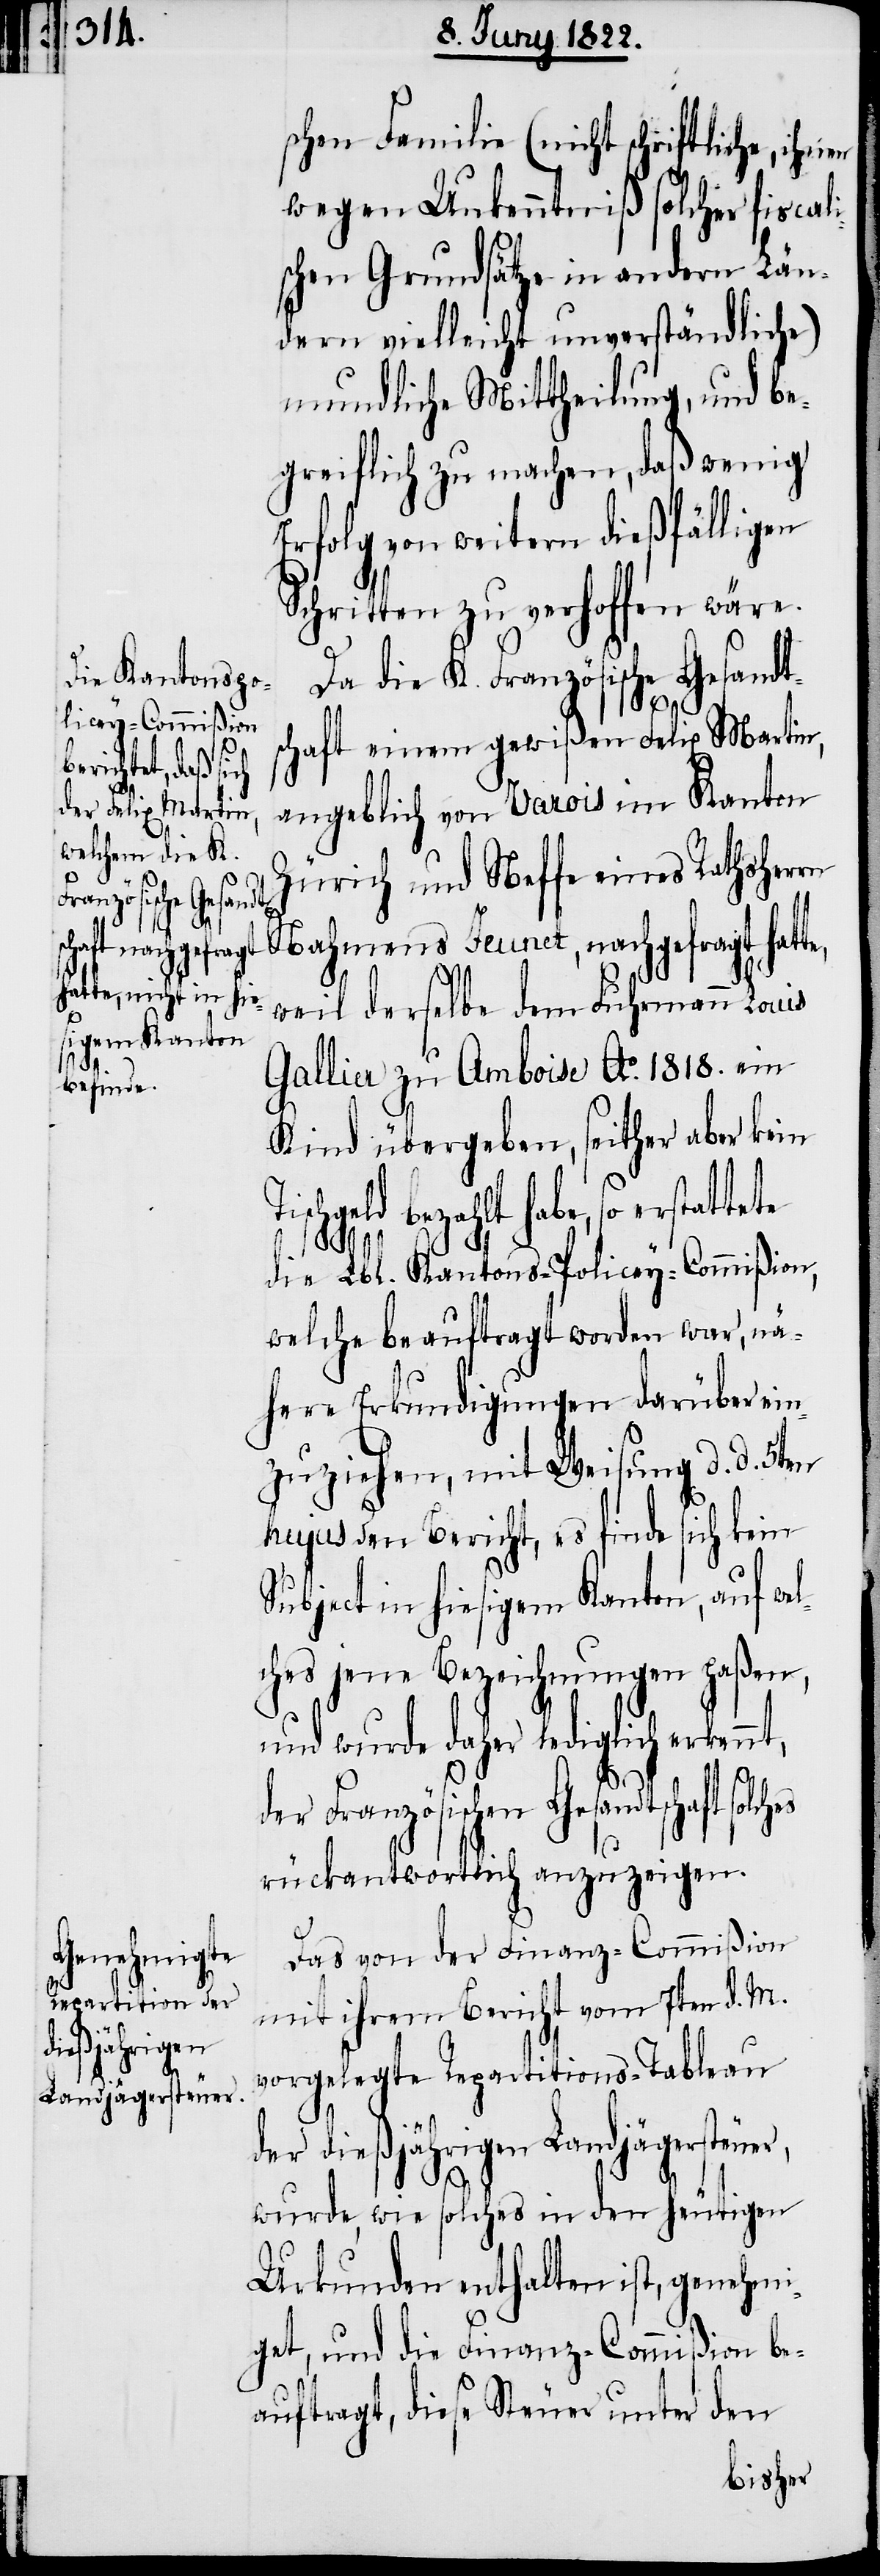
nt, d¬
l¬

schen Familie (nicht schriftliche,
wegen Unkenntniß solcher fiscali¬
schen Grundsätze in andern Län¬
dern vielleicht unverständliche)
mundliche Mittheilung, und be¬
greiflich zu machen, daß wenig
Erfolg zu weitern dießfälligen
Schritten zu verhoffen wäre.
Da die K. Französiche Gesandts¬
r,
chaft einem gewißen Felix Martin,
angeblich von Varois im Kanton
Zürich und Neffe eines Rathsherrn
Nahmens Jeunet, nachgefragt hatt¬
weil derselbe dem Fuhrmann Louis
Gallier zu Ambois Ao. 1818. ein
Kind übergeben, seither aber kein
habe, so erstattete
die Lbl. Kantons-Policey-Commißion,
welche beauftragt worden war, nä¬
here Erkundigungen darüber ein¬
zuziehen, mit Weisung d. d. 5ten
hujus den Bericht, es finde sich kein
Subject in hiesigem Kanton, auf we¬
ches jene Bezeichnungen paßen,
und wurde daher lediglich erken¬
er Französischen Gesandtschaft
rückantwortlich anzuzeigen.
Das von der Finanz-Commißion
mit ihrem Bericht vom 7ten d. M.
vorgelegte Repartitions-Tableau
der dießjährigen Landjägersteue¬
wurde, wie solches in den heutigen
Urkunden enthalten ist, genehmi¬
get, und die Finanz-Commißion be¬
auftragt, diese Steuer unter den